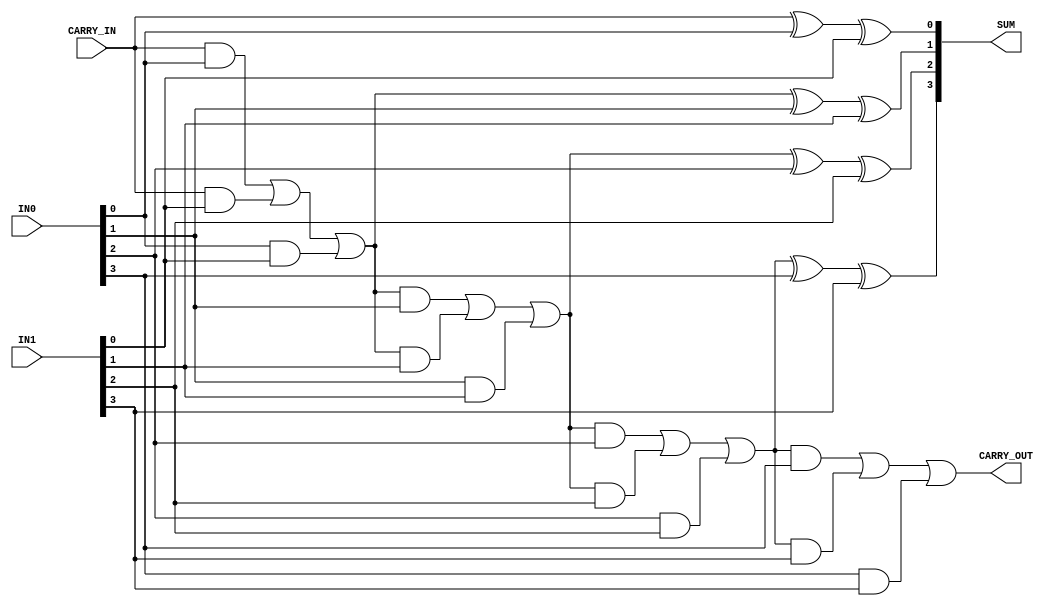
/* -----------------------------------------------------------------------------------
 * Module Name  : fa_Nb
 *
 * Description  : Parameterized N bit full adder in rtl
 * -----------------------------------------------------------------------------------

   MIT License

   Copyright (c) 2020 k-sva

   Permission is hereby granted, free of charge, to any person obtaining a copy
   of this software and associated documentation files (the Software), to deal
   in the Software without restriction, including without limitation the rights
   to use, copy, modify, merge, publish, distribute, sublicense, and/or sell
   copies of the Software, and to permit persons to whom the Software is
   furnished to do so, subject to the following conditions:

   The above copyright notice and this permission notice shall be included in all
   copies or substantial portions of the Software.

   THE SOFTWARE IS PROVIDED AS IS, WITHOUT WARRANTY OF ANY KIND, EXPRESS OR
   IMPLIED, INCLUDING BUT NOT LIMITED TO THE WARRANTIES OF MERCHANTABILITY,
   FITNESS FOR A PARTICULAR PURPOSE AND NONINFRINGEMENT. IN NO EVENT SHALL THE
   AUTHORS OR COPYRIGHT HOLDERS BE LIABLE FOR ANY CLAIM, DAMAGES OR OTHER
   LIABILITY, WHETHER IN AN ACTION OF CONTRACT, TORT OR OTHERWISE, ARISING FROM,
   OUT OF OR IN CONNECTION WITH THE SOFTWARE OR THE USE OR OTHER DEALINGS IN THE
   SOFTWARE.

 * ----------------------------------------------------------------------------------- */

module fa_Nb #( parameter WIDTH = 4 )   (
                                        input CARRY_IN,
                                        input [WIDTH-1:0] IN0,
                                        input [WIDTH-1:0] IN1,
                                        output [WIDTH-1:0] SUM,
                                        output CARRY_OUT
                                    );

    reg [WIDTH-1:0] temp_sum;
    reg temp_carry;

    integer i = 0;

    always@(*)
    begin
        for( i = 0; i < WIDTH; i = i + 1 )
        begin
            if( i == 0 )
            begin
                temp_sum[i] = CARRY_IN ^ IN0[i] ^ IN1[i];
                temp_carry = ( CARRY_IN & IN0[i] ) | ( CARRY_IN & IN1[i] ) | ( IN0[i] & IN1[i] );
            end
            else
            begin
                temp_sum[i] = temp_carry ^ IN0[i] ^ IN1[i];
                temp_carry = ( temp_carry & IN0[i] ) | ( temp_carry & IN1[i] ) | ( IN0[i] & IN1[i] );
            end
        end
    end

    assign SUM = temp_sum;
    assign CARRY_OUT = temp_carry;

endmodule